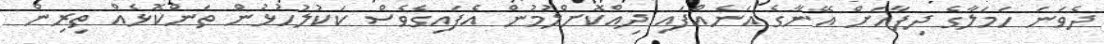
ދެވަނަ ހަމަލާގެ ދިފާއަށް އޭނާގެ އަނެއްފައި ދިއްކޮށްލުމުން އެފައިގެވެސް ކަކުލުހުޅުން ތަންކޮޅެއް ތިރިން